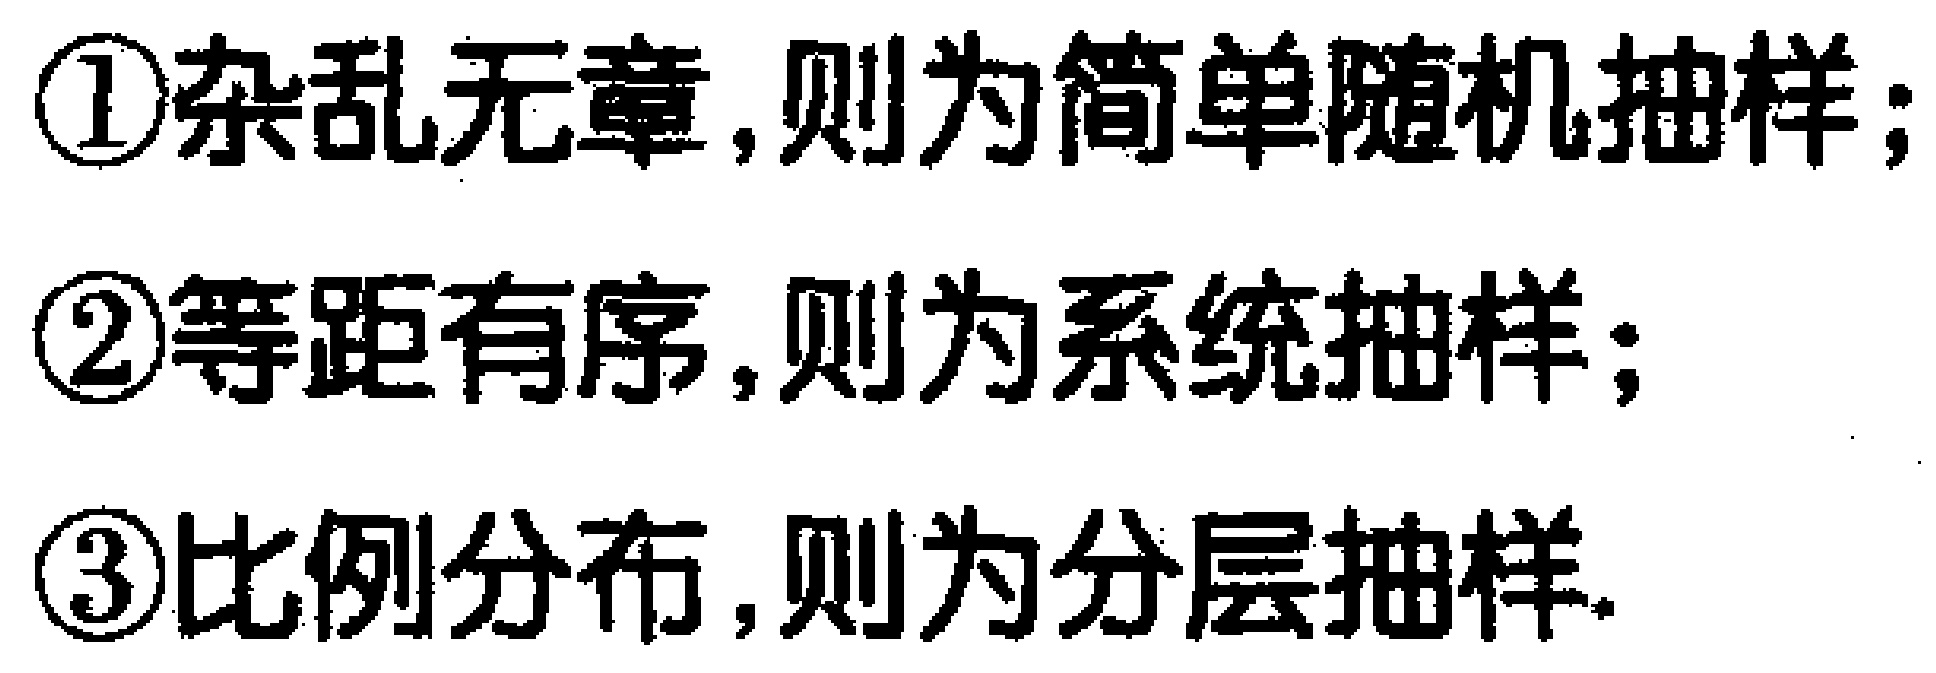
\begin{enumerate}

\item 杂乱无章，则为简单随机抽样；

\item 等距有序，则为系统抽样；

\item 比例分布，则为分层抽样.

\end{enumerate}